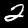
Digit: 2